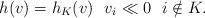
LaTeX: \begin{align*}h(v)=h_{K}(v)\ \ v_i\ll 0\ \ i\notin K.\end{align*}